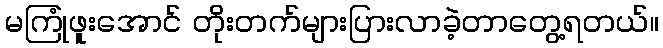
မကြုံဖူးအောင် တိုးတက်များပြားလာခဲ့တာတွေ့ရတယ်။